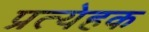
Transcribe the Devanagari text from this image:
प्रत्येहक